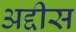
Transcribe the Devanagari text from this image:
अद्दीस